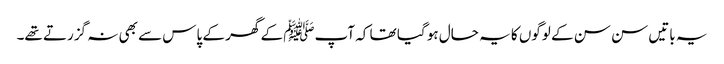
یہ باتیں سن سن کے لوگوں کا یہ حال ہو گیا تھا کہ آپﷺ کے گھر کے پاس سے بھی نہ گزرتے تھے۔